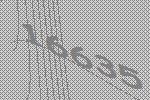
16635